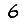
Digit: 6